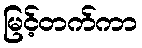
မြင့်တက်ကာ